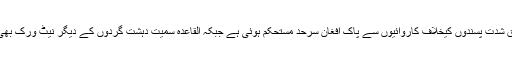
اعلامیے کے مطابق شدت پسندوں کیخلاف کاروائیوں سے پاک افغان سرحد مستحکم ہوئی ہے جبکہ القاعدہ سمیت دہشت گردوں کے دیگر نیٹ ورک بھی کمزور ہوئے ہیں۔